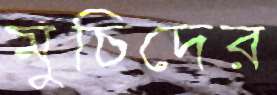
মুচিদের